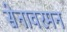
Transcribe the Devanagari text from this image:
सेनावरमन